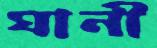
ঘানী